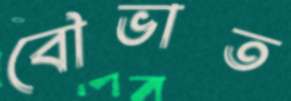
বৌভাত